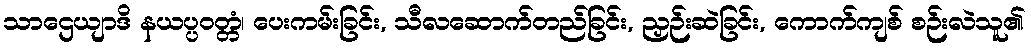
သာဌေယျာဒိ နယပ္ပဝတ္တံ၊ ပေးကမ်းခြင်း, သီလဆောက်တည်ခြင်း, ညှဉ်းဆဲခြင်း, ကောက်ကျစ် စဉ်းလဲသူ၏